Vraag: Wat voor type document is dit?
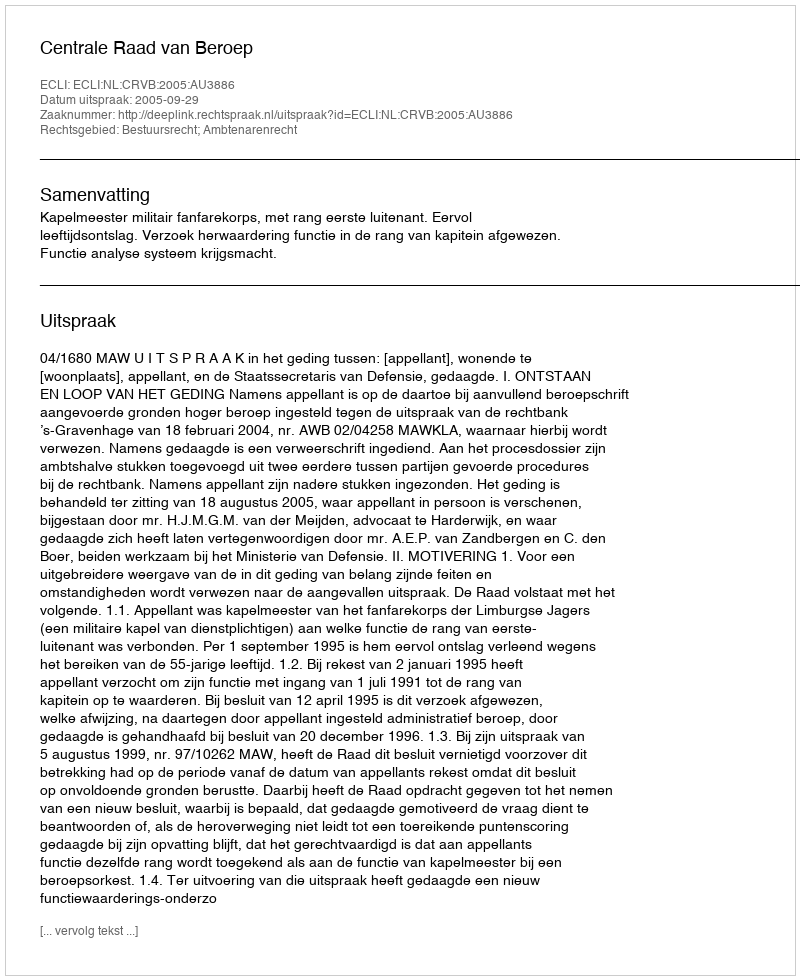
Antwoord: Uitspraak